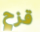
قزح